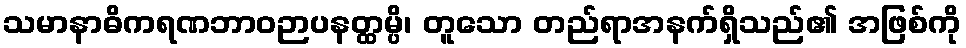
သမာနာဓိကရဏဘာဝဉာပနတ္ထမ္ပိ၊ တူသော တည်ရာအနက်ရှိသည်၏ အဖြစ်ကို